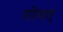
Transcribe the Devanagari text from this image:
गोयत्